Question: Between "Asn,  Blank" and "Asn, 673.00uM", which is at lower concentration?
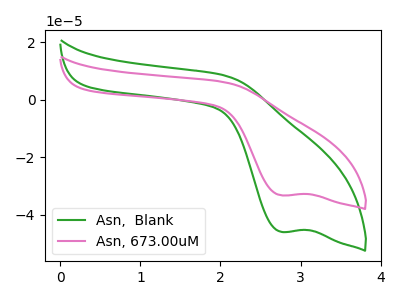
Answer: <think>The green curve "Asn,  Blank" has a cathodic peak at: (2.75V, -45.85uA). The pink curve "Asn, 673.00uM" has a cathodic peak at: (2.75V, -33.20uA).
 All the peaks in "Asn,  Blank" have a peak in "Asn, 673.00uM" at the same potential. Every peak in "Asn,  Blank" is higher than every peak in "Asn, 673.00uM".</think>
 <answer>"Asn,  Blank" has more signal than "Asn, 673.00uM" and so likely has a higher concentration.</answer>
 <eval>more_concentration</eval>